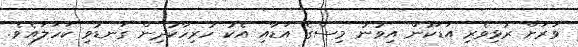
ވަރަށް ރުޅިވެރި އަޑަކުން އިވުނު މިސްގެ އަޑާއި އެކު ހުރިހާކުދިން ގަނޑުވި ކަހަލައެވެ.